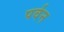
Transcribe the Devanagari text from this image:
पर्वन